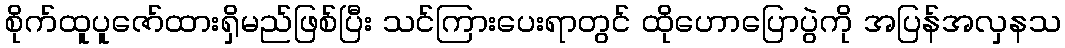
စိုက်ထူပူဇော်ထားရှိမည်ဖြစ်ပြီး သင်ကြားပေးရာတွင် ထိုဟောပြောပွဲကို အပြန်အလှနသ